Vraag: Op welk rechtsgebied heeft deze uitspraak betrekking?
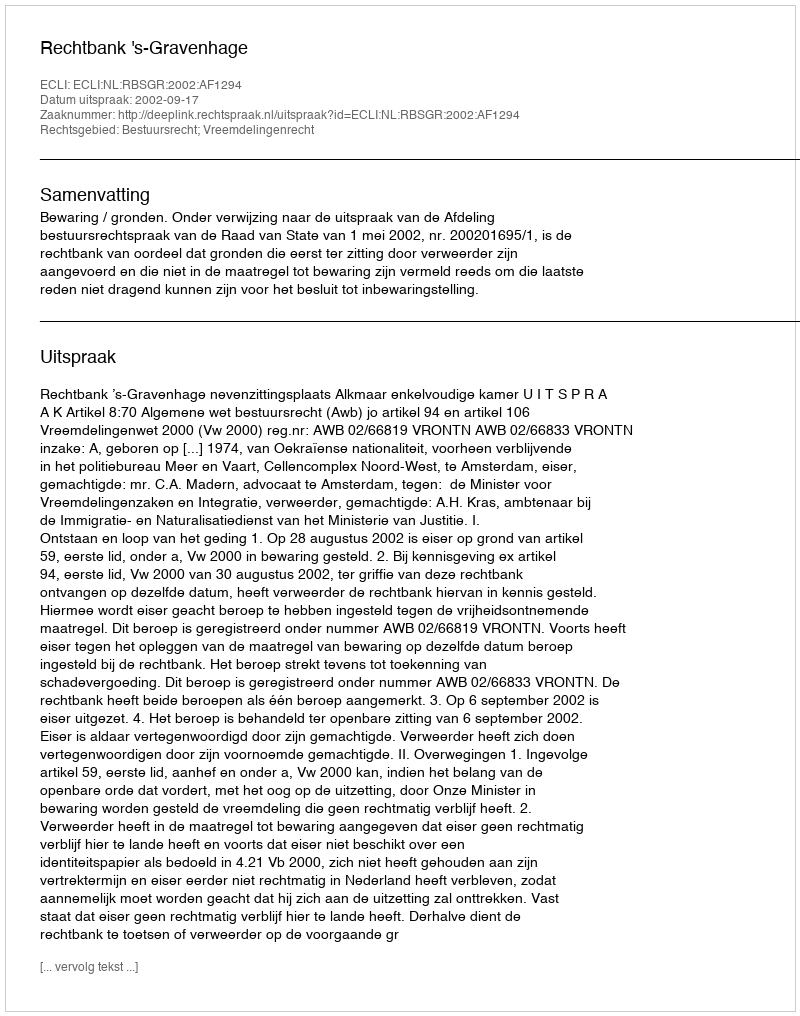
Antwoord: Bestuursrecht; Vreemdelingenrecht